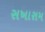
સખારામ